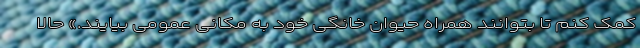
کمک کنم تا بتوانند همراه حیوان خانگی خود به مکانی عمومی بیایند.» حالا